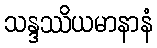
သန္ဒဿိယမာနာနံ